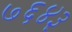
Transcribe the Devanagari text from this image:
७६४३